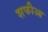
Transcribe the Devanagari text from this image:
शफीआ